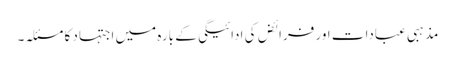
مذہبی عبادات اور فرائض کی ادائیگی کے بارہ میں اجتہاد کا مسئلہ۔